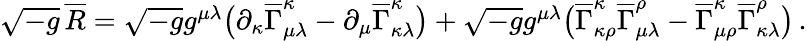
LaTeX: \begin{array}{r}{\sqrt{-g}\, \overline{{R}}=\sqrt{-g}g^{\mu\lambda}\bigl(\partial_{\kappa}\overline{{\Gamma}}_{\mu\lambda}^{\kappa}-\partial_{\mu}\overline{{\Gamma}}_{\kappa\lambda}^{\kappa}\bigr)+\sqrt{-g}g^{\mu\lambda}\bigl(\overline{{\Gamma}}_{\kappa\rho}^{\kappa}\overline{{\Gamma}}_{\mu\lambda}^{\rho}-\overline{{\Gamma}}_{\mu\rho}^{\kappa}\overline{{\Gamma}}_{\kappa\lambda}^{\rho}\bigr)\, .}\end{array}